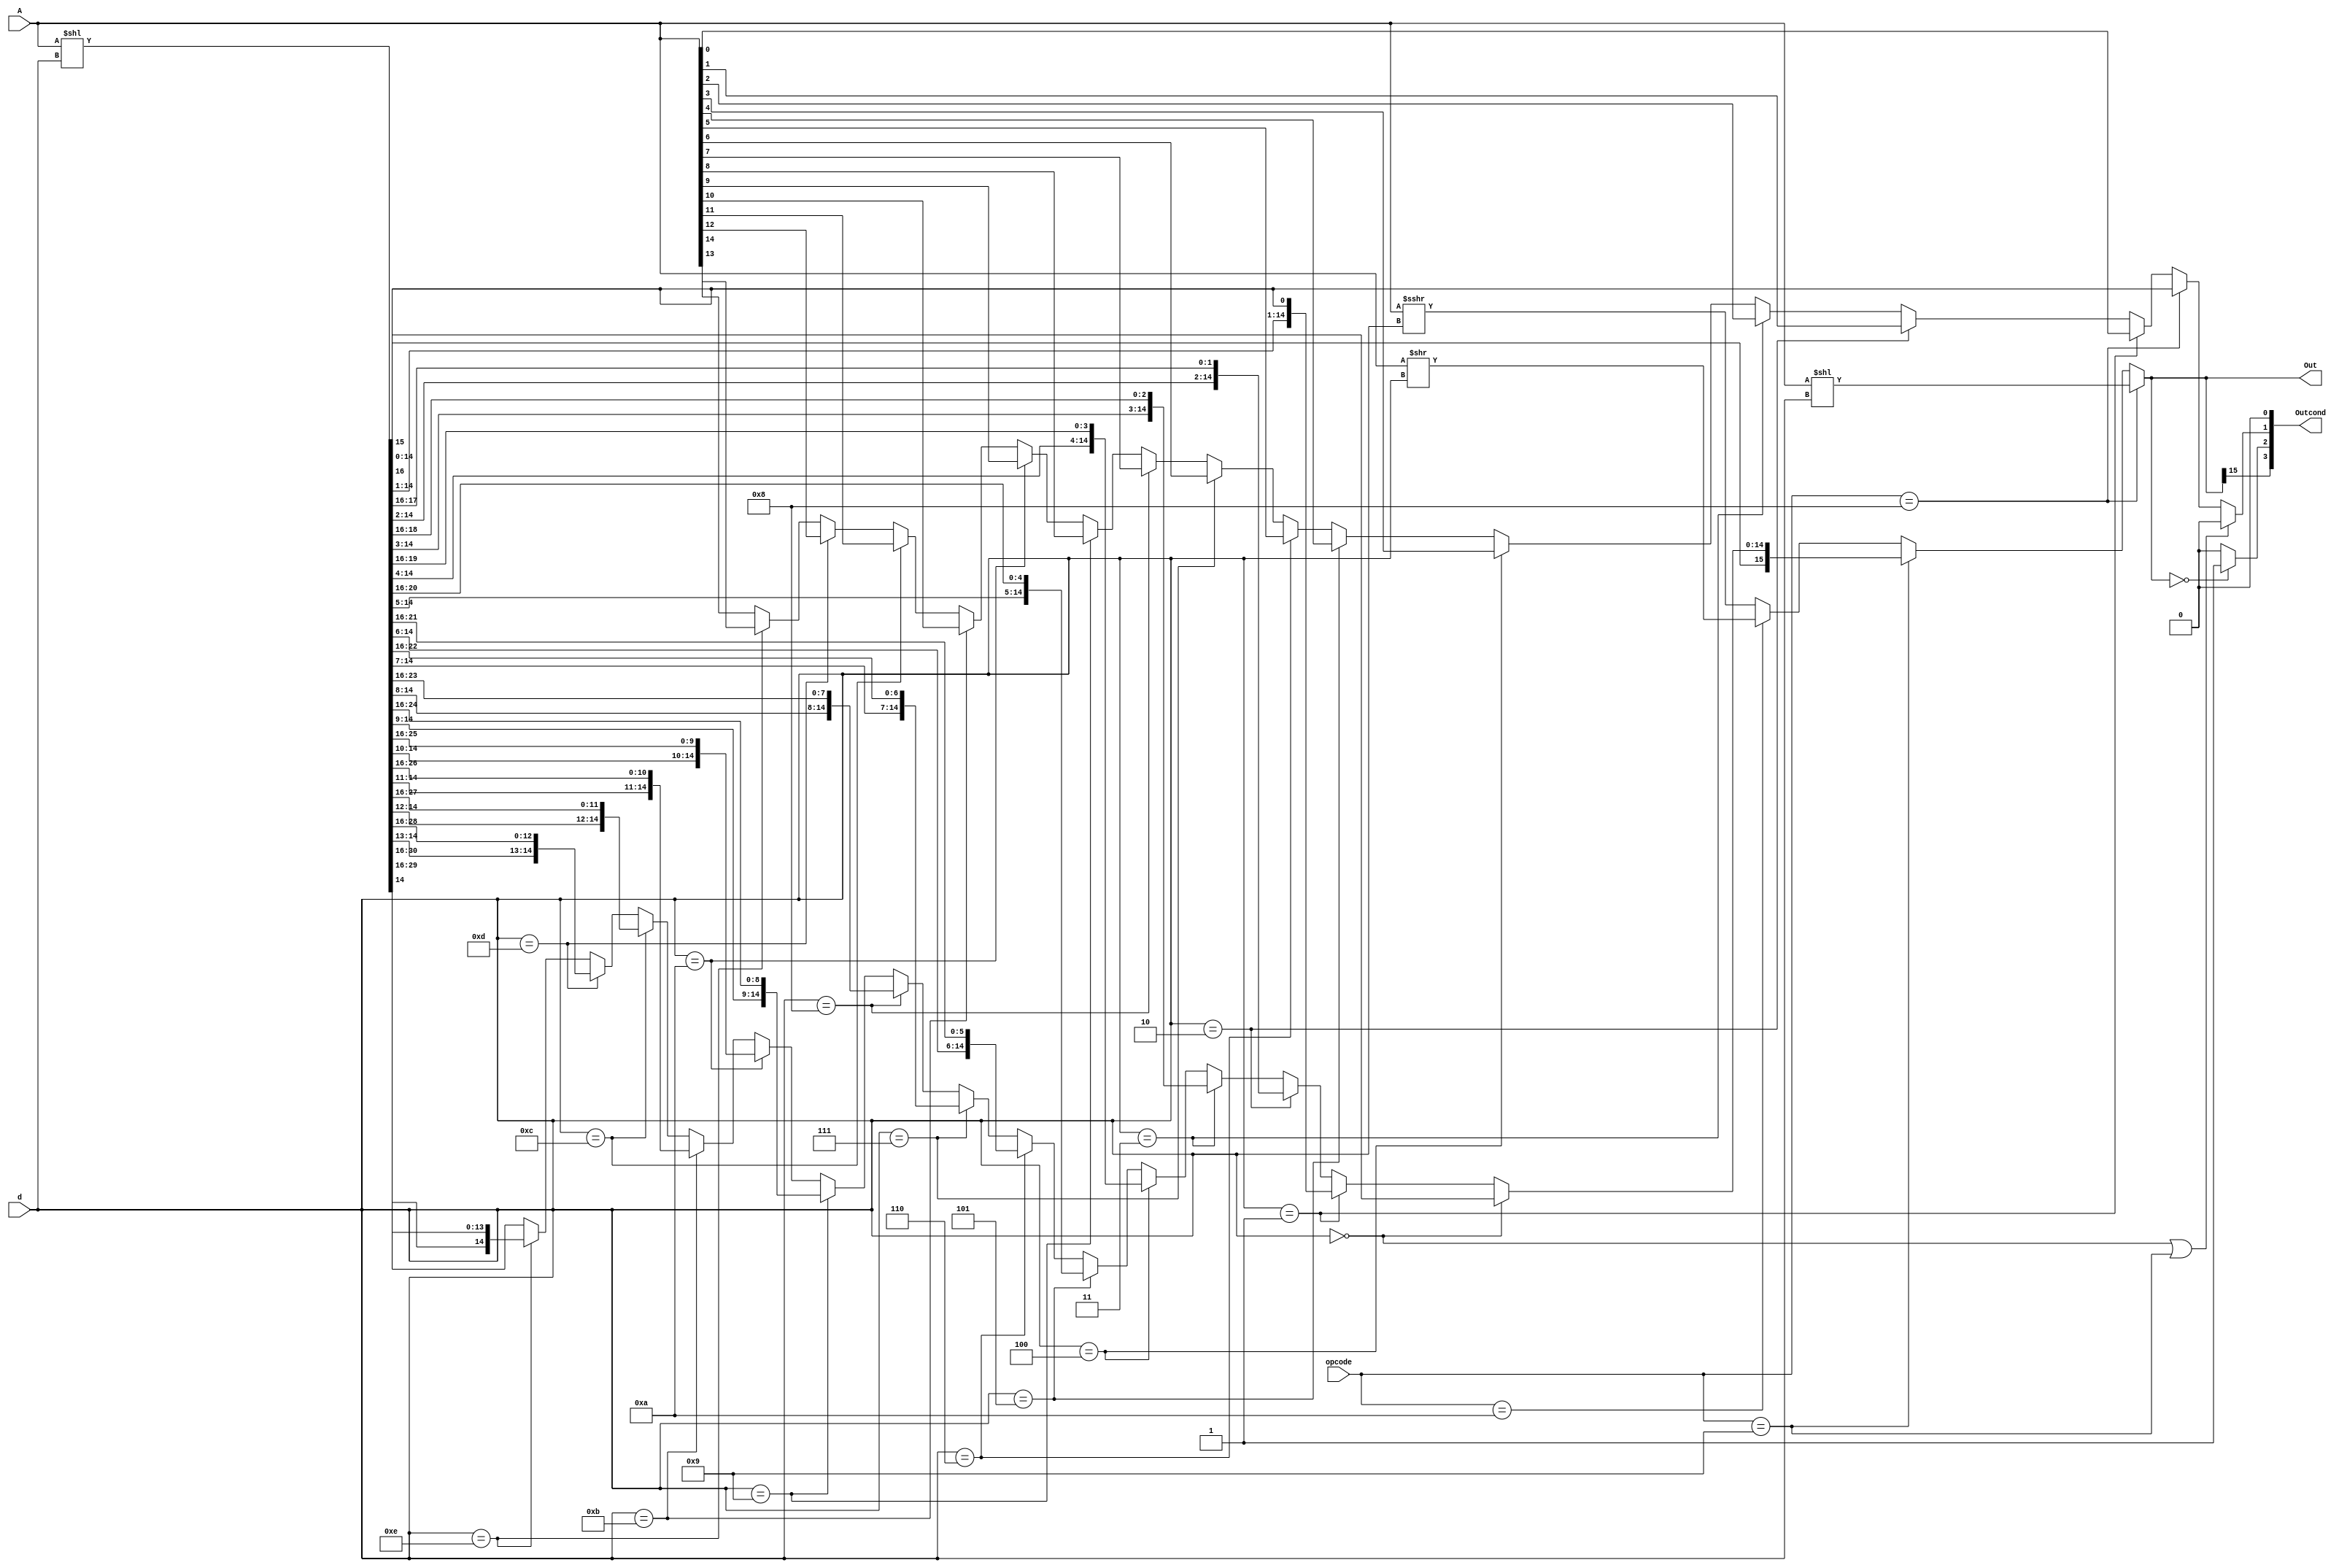
module shifter (
		input signed [15:0] A,
		input [3:0] opcode,
		input [3:0] d,
		output [15:0] Out,
		output [3:0] Outcond
		);
		wire [15:0] C;
		wire [15:0] D;
		wire [31:0] E;
		wire [3:0] cond;
		wire [0:0] cond1;
		assign D[15:0] = (opcode == 4'b1000) ? A << d:
							  (opcode == 4'b1001) ? C[15:0]:
							  (opcode == 4'b1010) ? A >> d:
							  A >>> d;
		assign E = A << d;
		assign C = (d == 4'b0000) ? E[15:0]:
					  (d == 4'b0001) ? {E[15:1],E[16]}:
					  (d == 4'b0010) ? {E[15:2],E[17:16]}:
					  (d == 4'b0011) ? {E[15:3],E[18:16]}:
					  (d == 4'b0100) ? {E[15:4],E[19:16]}:
					  (d == 4'b0101) ? {E[15:5],E[20:16]}:
					  (d == 4'b0110) ? {E[15:6],E[21:16]}:
					  (d == 4'b0111) ? {E[15:7],E[22:16]}:
					  (d == 4'b1000) ? {E[15:8],E[23:16]}:
					  (d == 4'b1001) ? {E[15:9],E[24:16]}:
					  (d == 4'b1010) ? {E[15:10],E[25:16]}:
					  (d == 4'b1011) ? {E[15:11],E[26:16]}:
					  (d == 4'b1100) ? {E[15:12],E[27:16]}:
					  (d == 4'b1101) ? {E[15:13],E[28:16]}:
					  (d == 4'b1110) ? {E[15:14],E[29:16]}:
					  {E[15],E[30:16]};
		assign cond1 = (d == 4'b0001) ? A[0]:
						   (d == 4'b0010) ? A[1]:
						   (d == 4'b0011) ? A[2]:
						   (d == 4'b0100) ? A[3]:
						   (d == 4'b0101) ? A[4]:
						   (d == 4'b0110) ? A[5]:
						   (d == 4'b0111) ? A[6]:
						   (d == 4'b1000) ? A[7]:
						   (d == 4'b1001) ? A[8]:
						   (d == 4'b1010) ? A[9]:
						   (d == 4'b1011) ? A[10]:
						   (d == 4'b1100) ? A[11]:
						   (d == 4'b1101) ? A[12]:
						   (d == 4'b1110) ? A[13]:
					      A[14];
		assign cond[0] = 1'b0;
		assign cond[1] = (d==0||opcode ==4'd9) ? 1'b0:
							  (opcode == 4'd8) ? E[16]:
							  cond1;
		assign cond[2] = (D[15:0]==16'b0) ? 1'b1:
							   1'b0;
		assign cond[3] = D[15];
		assign Out = D;
		assign Outcond = cond;
endmodule